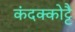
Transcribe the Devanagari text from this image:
कंदक्कोट्टै